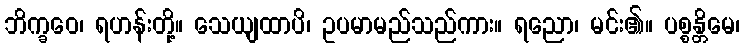
ဘိက္ခဝေ၊ ရဟန်းတို့။ သေယျထာပိ၊ ဥပမာမည်သည်ကား။ ရညော၊ မင်း၏။ ပစ္စန္တိမေ၊